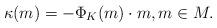
LaTeX: \begin{align*} \kappa(m)= -\Phi_K(m)\cdot m, m\in M.\end{align*}